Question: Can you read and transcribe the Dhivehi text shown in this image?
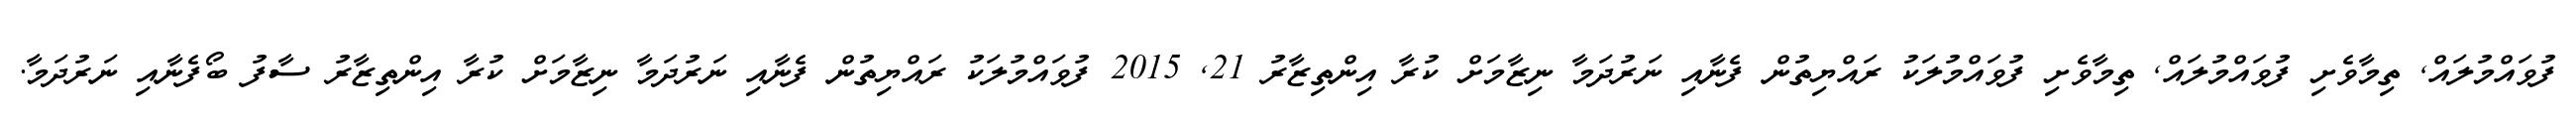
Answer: ފުވައްމުލައް, ތިމާވެށި ފުވައްމުލައް, ތިމާވެށި ފުވައްމުލަކު ރައްޔިތުން ފެނާއި ނަރުދަމާ ނިޒާމަށް ކުރާ އިންތިޒާރު 21, 2015 ފުވައްމުލަކު ރައްޔިތުން ފެނާއި ނަރުދަމާ ނިޒާމަށް ކުރާ އިންތިޒާރު ސާފު ބޯފެނާއި ނަރުދަމާ.